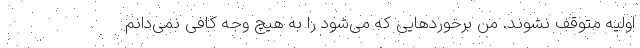
اولیه متوقف نشوند. من برخوردهایی که می‌شود را به هیچ وجه کافی نمی‌دانم